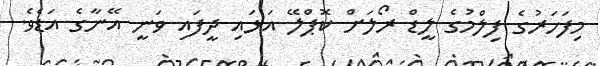
މިފަހަރުގެ ފިލްމުގެ ލީޑް ރޯލަށް ކޮޕްލޭ އަޅައި ދީފައި ވަނީ އޭނާގެ އަޑެވެ.